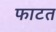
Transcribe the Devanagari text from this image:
फाटत